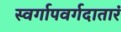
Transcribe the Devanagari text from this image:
स्वर्गापवर्गदातारं